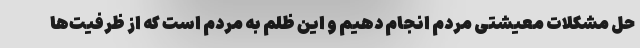
حل مشکلات معیشتی مردم انجام دهیم و این ظلم به مردم است که از ظرفیت‌ها